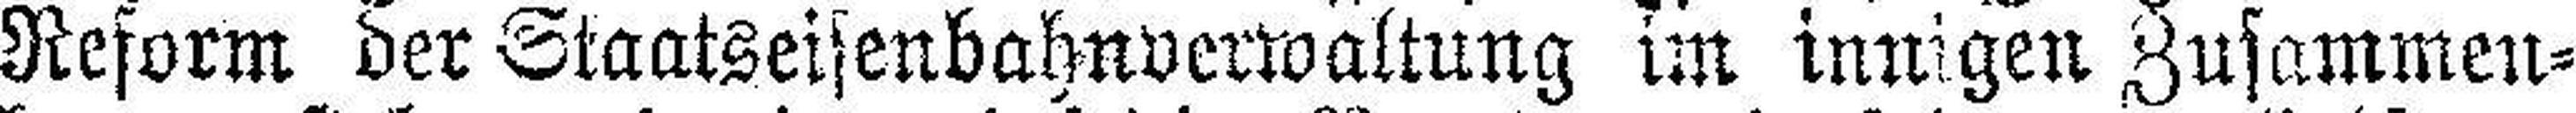
Reform der Staatseisenbahnverwaltung im innigen Zusammen¬